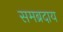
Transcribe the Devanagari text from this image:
समब्रदाय